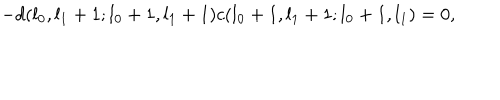
- d ( l _ { 0 } , l _ { 1 } + 1 ; l _ { 0 } + 1 , l _ { 1 } + 1 ) c ( l _ { 0 } + 1 , l _ { 1 } + 1 ; l _ { 0 } + 1 , l _ { 1 } ) = 0 ,